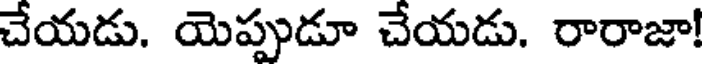
చేయడు. యెప్పుడూ చేయడు. రారాజా!